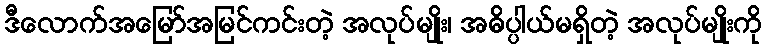
ဒီလောက်အမြော်အမြင်ကင်းတဲ့ အလုပ်မျိုး၊ အဓိပ္ပါယ်မရှိတဲ့ အလုပ်မျိုးကို